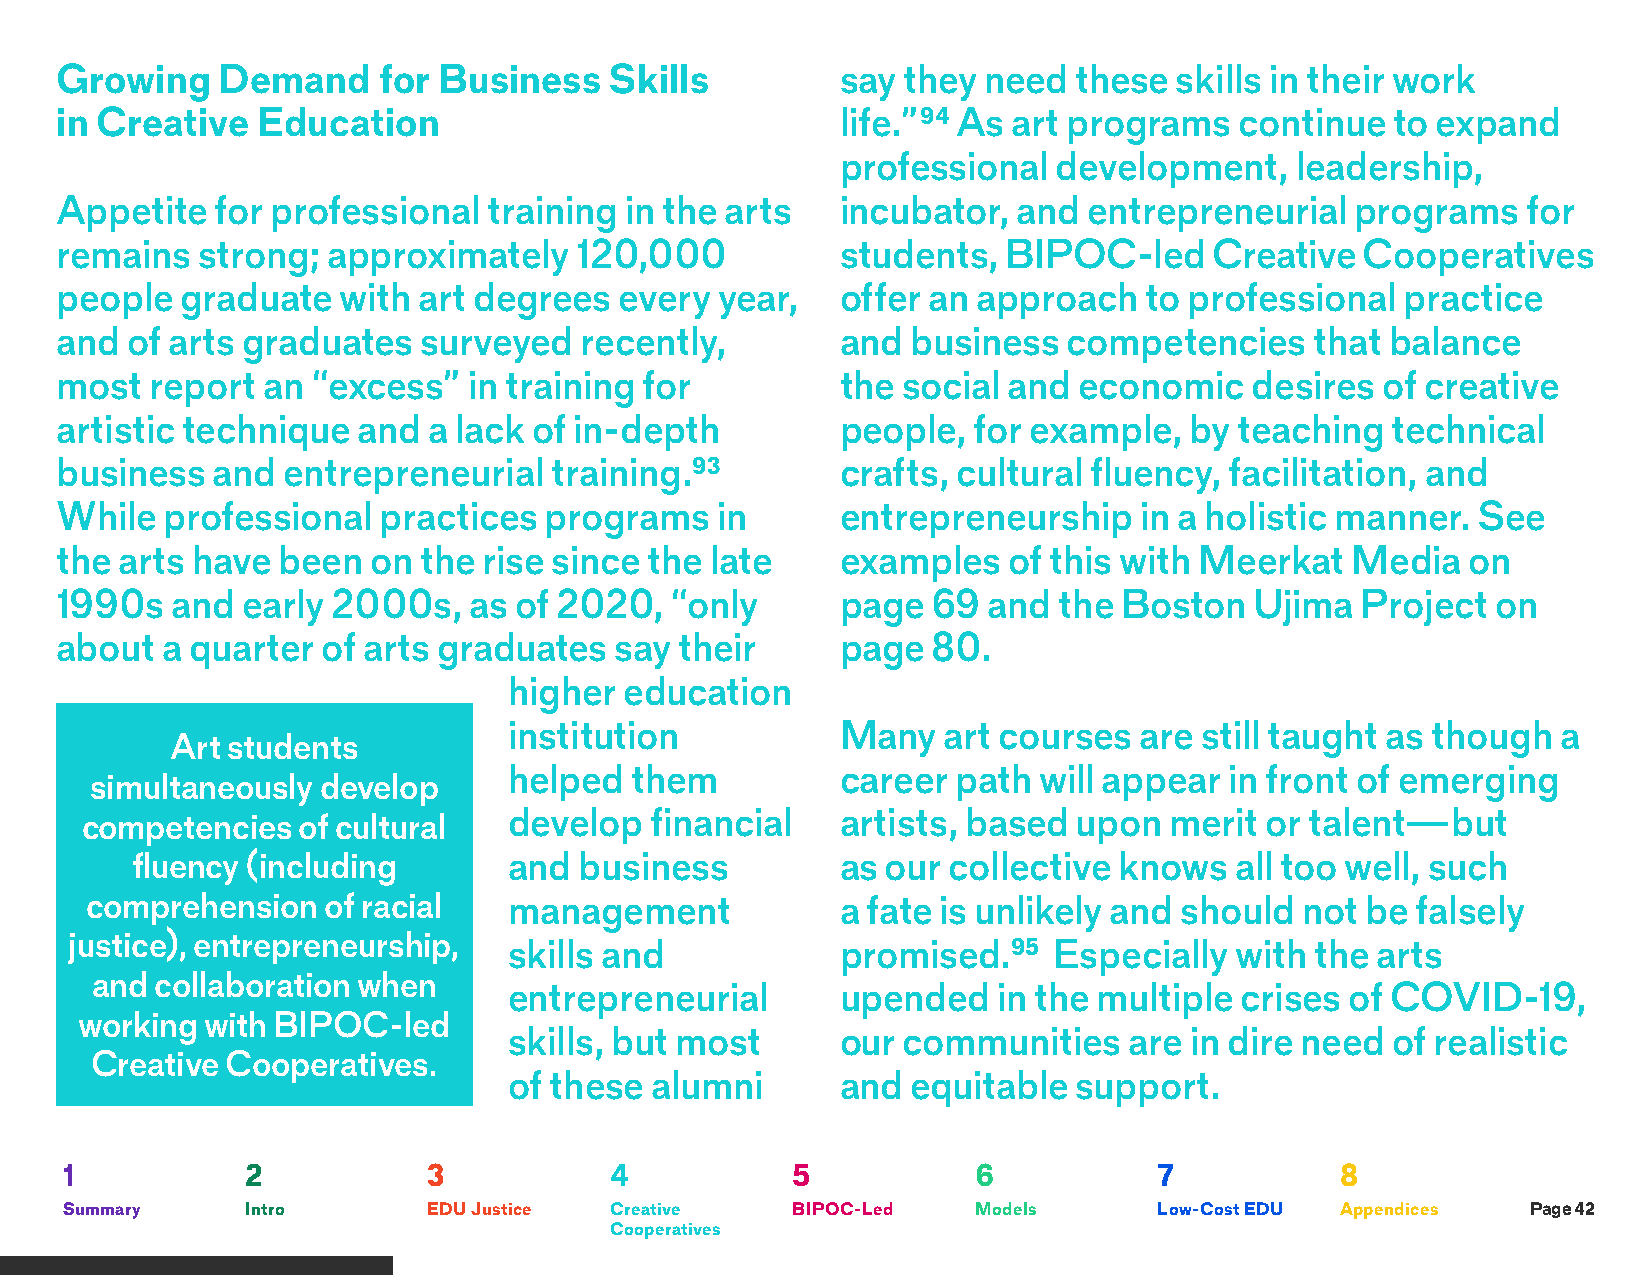
Growing   Demand     for Business   Skills          say they need  these  skills in their work
 in Creative  Education                              life.”94 As art programs  continue  to expand
 professional  development,    leadership,
 Appetite  for professional  training in the arts    incubator, and  entrepreneurial   programs   for
 remains  strong;  approximately   120,000           students, BIPOC-led     Creative  Cooperatives
 people  graduate  with  art degrees  every  year,   offer an approach   to professional  practice
 and of arts graduates   surveyed  recently,         and business   competencies    that balance
 most  report an  “excess”  in training for          the social and economic    desires of creative
 artistic technique  and a lack of in-depth          people, for example,   by teaching  technical
 business  and  entrepreneurial  training.93         crafts, cultural fluency, facilitation, and
 While  professional  practices  programs   in       entrepreneurship   in a holistic manner.  See
 the arts have been  on  the rise since the late     examples   of this with Meerkat  Media   on
 1990s  and  early 2000s,   as of 2020,  “only       page  69 and  the Boston   Ujima  Project  on
 about  a quarter of arts graduates   say their      page  80.
 higher education
 institution           Many  art courses  are still taught as though  a
 Art students
 helped  them          career path  will appear in front of emerging
 simultaneously develop
 competencies   of cultural   develop  financial    artists, based upon  merit  or talent—but
 fluency (including       and business          as our collective knows   all too well, such
 comprehension  of racial    management            a fate is unlikely and should not be  falsely
 justice), entrepreneurship,  skills and            promised.95   Especially  with the arts
 and collaboration when
 entrepreneurial       upended   in the multiple crises of COVID-19,
 working  with BIPOC-led
 skills, but most      our communities    are in dire need of realistic
 Creative Cooperatives.
 of these alumni       and equitable  support.
 1           2           3           4           5            6           7           8
 Summary     Intro       EDU Justice Creative    BIPOC-Led    Models      Low-Cost EDU Appendices Page 42
 Cooperatives